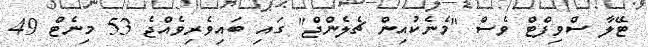
ޓޭލާ ސްވިފްޓް ވެސް "މެނެކުއިން ޗެލެންޖް" ގައި ބައިވެރިވެއްޖެ 53 މިނެޓް 49